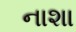
નાશા